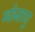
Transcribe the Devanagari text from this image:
भोजाणु